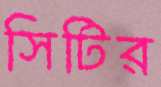
সিটির